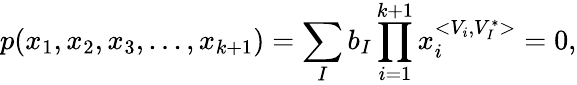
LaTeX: p(x_{1},x_{2},x_{3},...,x_{k+1})=\sum_{I}b_{I}\prod_{i=1}^{k+1}x_{i}^{<{V}_{i},{V}_{I}^{\ast}>}=0,